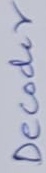
Text: Decoder